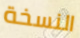
النسخة